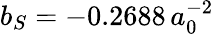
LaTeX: b_{S}=-0.2688\, a_{0}^{-2}